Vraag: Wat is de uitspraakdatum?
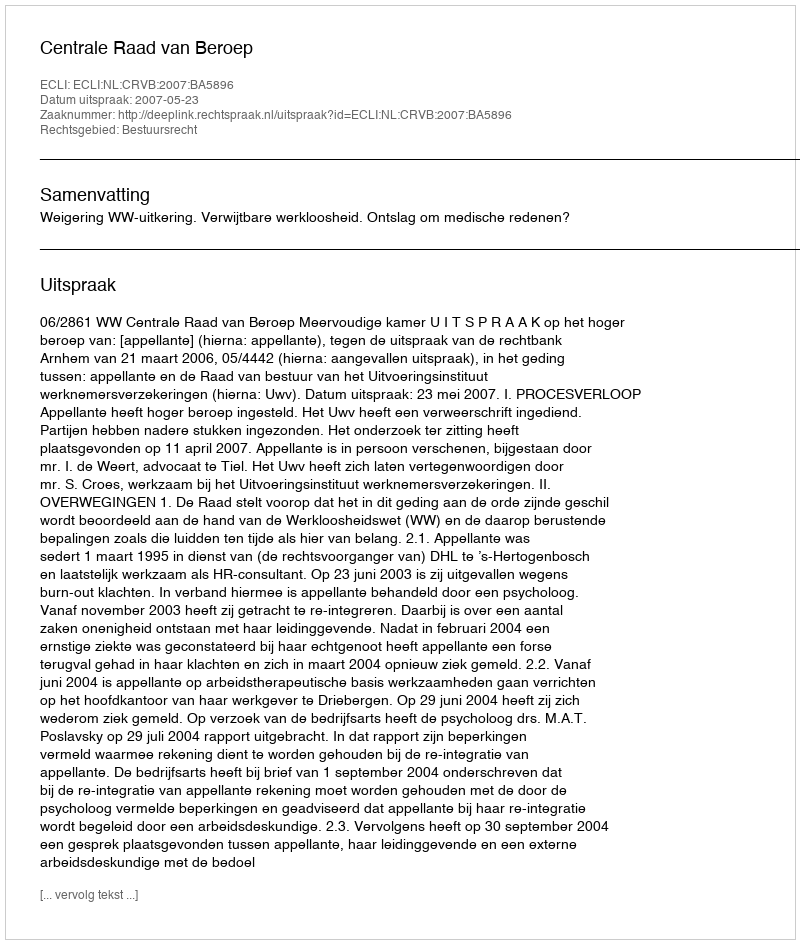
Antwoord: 2007-05-23